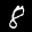
Label: 8